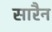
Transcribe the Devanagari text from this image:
सारैन